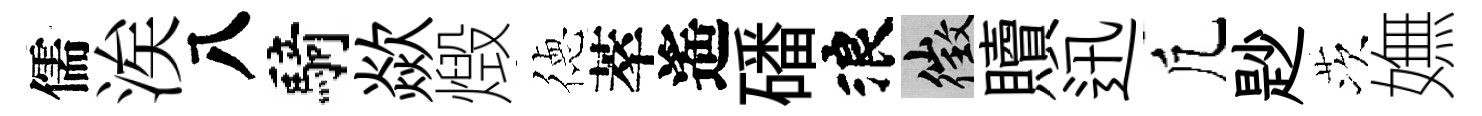
儒涘八騎歘燬徳萃遙磻浪徵贖迅凢尟茨嫵